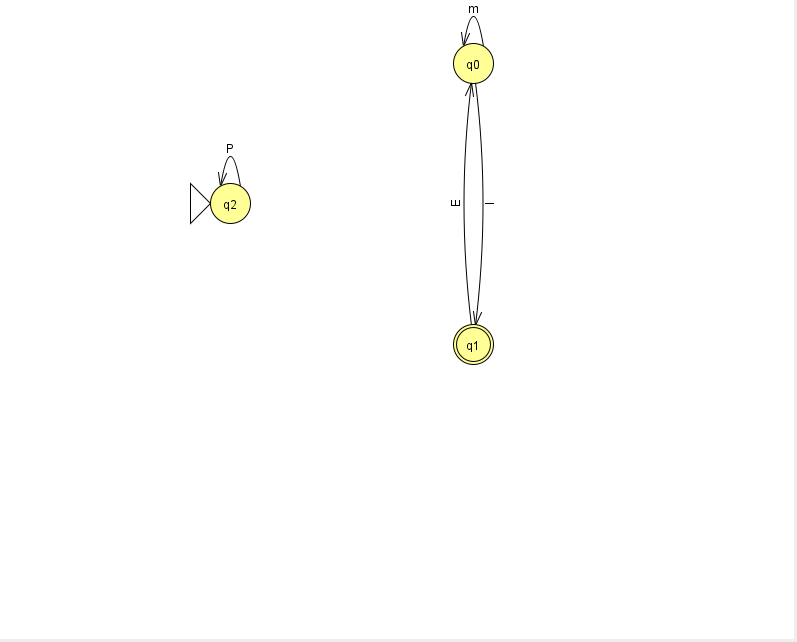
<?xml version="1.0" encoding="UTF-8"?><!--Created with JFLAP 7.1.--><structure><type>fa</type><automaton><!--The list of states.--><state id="0" name="q0"><x>473.0</x><y>50.0</y></state><state id="1" name="q1"><x>473.0</x><y>331.0</y><final/></state><state id="2" name="q2"><x>230.0</x><y>190.0</y><initial/></state><!--The list of transitions.--><transition><from>2</from><to>2</to><read>P</read></transition><transition><from>0</from><to>1</to><read>l</read></transition><transition><from>1</from><to>0</to><read>E</read></transition><transition><from>0</from><to>0</to><read>m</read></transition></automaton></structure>